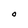
Character: O